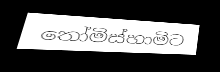
තෝමිස්හාමිට